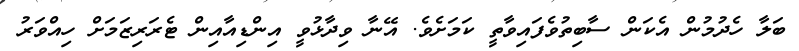
ބަލާ ހެދުމުން އެކަން ސާބިތުވެފައިވާތީ ކަމަށެވެ. އޭނާ ވިދާޅުވީ އިންޑިއާއިން ޓެރަރިޒަމަށް ހިއްވަރު